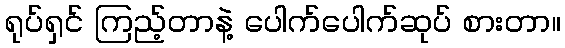
ရုပ်ရှင် ကြည့်တာနဲ့ ပေါက်ပေါက်ဆုပ် စားတာ။